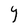
Character: Y